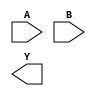
module box(
    (* invertible_pin="INV_A" *)
    input  wire A,
    input  wire B,

    output wire Y
);

    parameter [0:0] INV_A = 1'b0;

endmodule